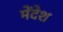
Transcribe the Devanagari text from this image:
मेंदेश